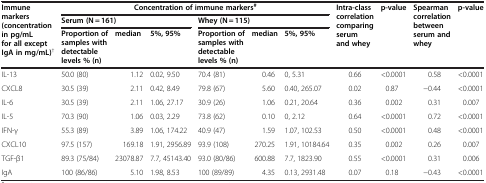
| <ROWSPAN=3> Immune markers (concentration in pg/mL for all except IgA in mg/mL)† | <COLSPAN=6> Concentration of immune markers# | <ROWSPAN=3> Intra-class correlation comparing serum and whey | <ROWSPAN=3> p-value | <ROWSPAN=3> Spearman correlation between serum and whey | <ROWSPAN=3> p-value |
 | <COLSPAN=3> Serum (N = 161) | <COLSPAN=3> Whey (N = 115) |
 | Proportion of samples with detectable levels % (n) | median | 5%, 95% | Proportion of samples with detectable levels % (n) | median | 5%, 95% |
 | --- | --- | --- | --- | --- | --- | --- | --- | --- | --- | --- |
 | IL-13 | 50.0 (80) | 1.12 | 0.02, 9.50 | 70.4 (81) | 0.46 | 0, 5.31 | 0.66 | <0.0001 | 0.58 | <0.0001 |
 | CXCL8 | 30.5 (39) | 2.11 | 0.42, 8.49 | 79.8 (67) | 5.60 | 0.40, 265.07 | 0.02 | 0.87 | −0.44 | <0.0001 |
 | IL-6 | 30.5 (39) | 2.11 | 1.06, 27.17 | 30.9 (26) | 1.06 | 0.21, 20.64 | 0.36 | 0.002 | 0.31 | 0.007 |
 | IL-5 | 70.3 (90) | 1.06 | 0.03, 2.29 | 73.8 (62) | 0.10 | 0, 2.12 | 0.64 | <0.0001 | 0.72 | <0.0001 |
 | IFN-γ | 55.3 (89) | 3.89 | 1.06, 174.22 | 40.9 (47) | 1.59 | 1.07, 102.53 | 0.50 | <0.0001 | 0.48 | <0.0001 |
 | CXCL10 | 97.5 (157) | 169.18 | 1.91, 2956.89 | 93.9 (108) | 270.25 | 1.91, 10184.64 | 0.35 | 0.002 | 0.26 | 0.007 |
 | TGF-β1 | 89.3 (75/84) | 23078.87 | 7.7, 45143.40 | 93.0 (80/86) | 600.88 | 7.7, 1823.90 | 0.55 | <0.0001 | 0.31 | 0.006 |
 | IgA | 100 (86/86) | 5.10 | 1.98, 8.53 | 100 (89/89) | 4.35 | 0.13, 2931.48 | 0.07 | 0.18 | −0.43 | <0.0001 |